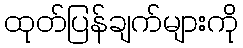
ထုတ်ပြန်ချက်များကို